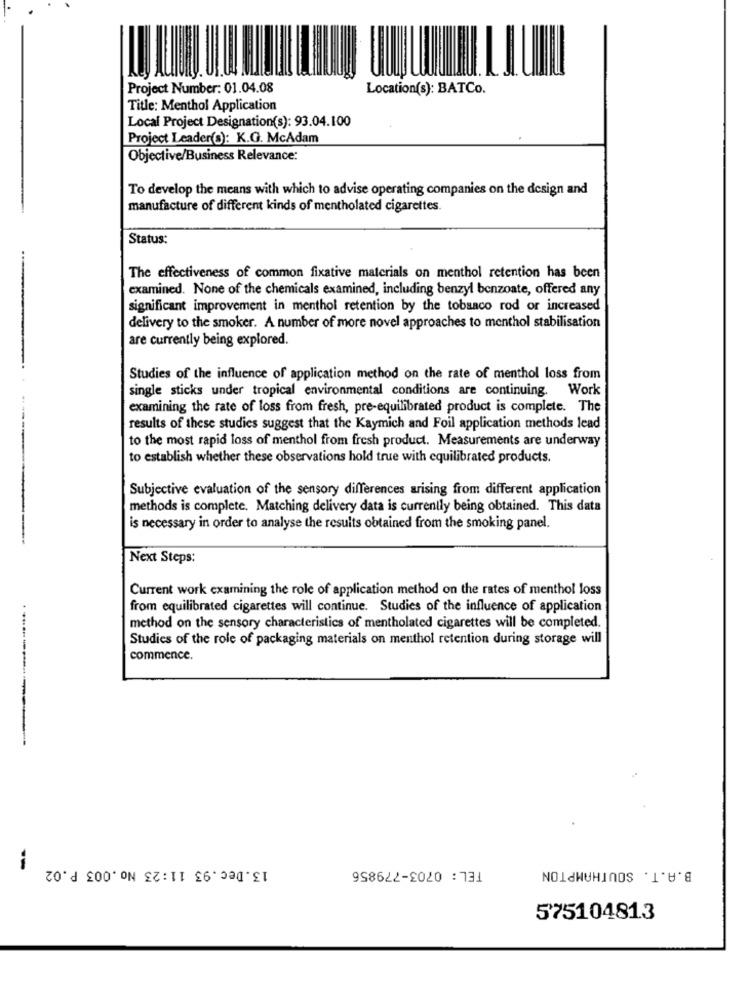
Project Number: 01.04.08
Location(s): BATCo.
Title: Menthol Application
Local Project Designation(s): 93.04.100
Project Leader(s): K.G. McAdam
Objective/Business Relevance:
To develop the means with which to advise operating companies on the design and
manufacture of different kinds of mentholated cigarettes.
Status:
The effectiveness of common fixative materials on menthol retention has been
examined. None of the chemicals examined, including benzyl benzoate, offered any
significant improvement in menthol retention by the tobsaco rod or increased
delivery to the smoker. A number of more novel approaches to menthol stabilisation
are currently being explored.
Studies of the influence of application method on the rate of menthol loss from
single sticks under tropical environmental conditions are continuing. Work
examining the rate of loss from fresh, pre-equilibrated product is complete. The
results of these studies suggest that the Kaymich and Foil application methods lead
to the most rapid loss of menthol from fresh product. Measurements are underway
to establish whether these observations hold true with equilibrated products.
Subjective evaluation of the sensory differences arising from different application
methods is complete. Matching delivery data is currently being obtained. This data
is necessary in order to analyse the results obtained from the smoking panel.
Next Steps:
Current work examining the role of application method on the rates of menthol loss
from equilibrated cigarettes will continue. Studies of the influence of application
method on the sensory characteristics of mentholated cigarettes will be completed.
Studies of the role of packaging materials on menthol retention during storage will
commence.
13.Dec.93 11:23 No.003 P.02
TEL: 0703-779856
B.A.T. SOUTHAMPTON
-
575104813